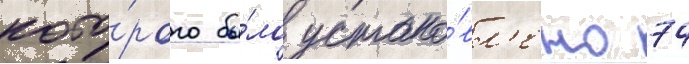
кото́рого бы́ло устано́вл'ено 74